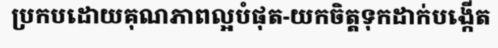
ប្រកបដោយគុណភាពល្អបំផុត-យកចិត្តទុកដាក់បង្កើត